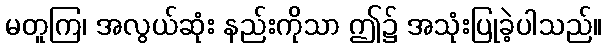
မတူကြ၊ အလွယ်ဆုံး နည်းကိုသာ ဤ၌ အသုံးပြုခဲ့ပါသည်။